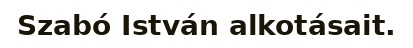
Szabó István alkotásait.